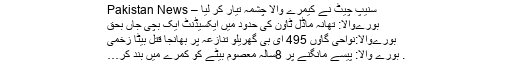
سنیپ چیٹ نے کیمرے والا چشمہ تیار کر لیا – Pakistan News
بورےوالا: تھانہ ماڈل ٹاٶن کی حدود میں ایکسیڈنٹ ایک بچی جاں بحق
بورےوالا:نواحی گاٶں 495 ای بی گھریلو تنازعہ پر بھانجا قتل بیٹا زخمی
. بورے والا: پیسے مانگنے پر 8سالہ معصوم بیٹے کو کمرے میں بند کر…